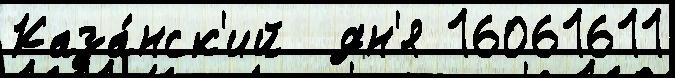
Каза́нск'ий  дн'я 16061611